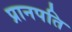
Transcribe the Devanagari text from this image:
प्रानपति